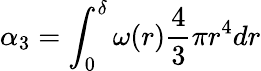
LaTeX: \alpha_{3}=\int_{0}^{\delta}\omega(r)\frac 43\pi r^{4}dr